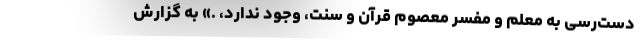
دست‌رسی به معلم و مفسر معصومِ قرآن و سنت، وجود ندارد، .» به گزارش